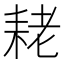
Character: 𮋨